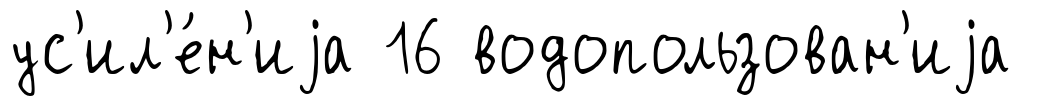
ус'ил'е́н'иjа 16 водопользован'иjа